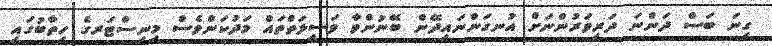
ގިނަ ބަސް ދަންނަ ދަރިވަރުންނަށް އުނގަންނައިދޭން ބޭނުންވާ ވަސީލަތްތައް މަދުކަންވެސް މިނިސްޓަރގެ ހިތާބުގައި